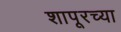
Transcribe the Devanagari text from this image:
शापूरच्या